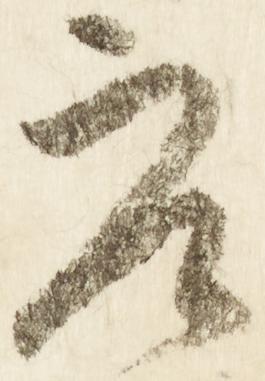
参